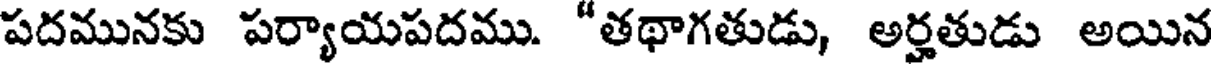
పదమునకు పర్యాయపదము. "తథాగతుడు, అర్హతుడు అయిన